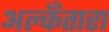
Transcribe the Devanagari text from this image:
अल्कँतारा